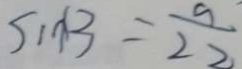
\sin B = \frac { 9 } { 2 2 }